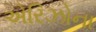
એરિઝોના